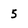
Character: 5